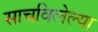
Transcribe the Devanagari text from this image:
साचविलेल्या